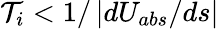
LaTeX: \mathcal{T}_{i}<1/\left|dU_{abs}/ds\right|